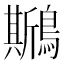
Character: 𪆁